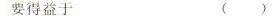
要得益于 ()